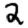
Digit: 2